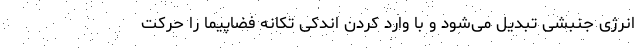
انرژی جنبشی تبدیل می‌شود و با وارد کردن اندکی تکانه فضاپیما را حرکت